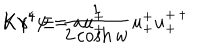
K \gamma ^ { 4 } \equiv \frac { 1 } { 2 \cosh { w } } u _ { + } ^ { + } u _ { + } ^ { + \: \dagger } \hspace { 1 c m } K \gamma ^ { 4 } \psi = a u _ { + } ^ { + }